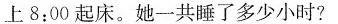
上8:00起床。她一共睡了多少小时?